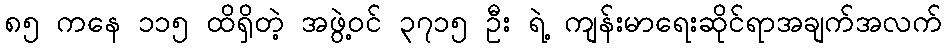
၈၅ ကနေ ၁၁၅ ထိရှိတဲ့ အဖွဲ့ဝင် ၃၇၁၅ ဦး ရဲ့ ကျန်းမာရေးဆိုင်ရာအချက်အလက်